画像に写った文字を読んでください
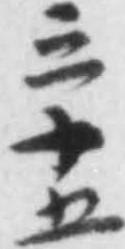
「三十五」と書いてあります